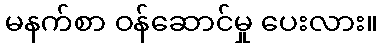
မနက်စာ ဝန်ဆောင်မှု ပေးလား။